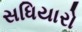
સધિયારો